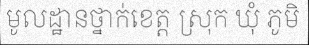
មូលដ្ឋានថ្នាក់ខេត្ត ស្រុក ឃុំ ភូមិ